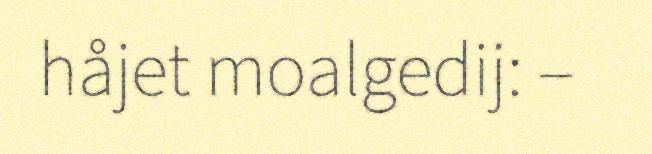
håjet moalgedij: –